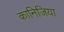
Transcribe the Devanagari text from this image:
कानिजिया